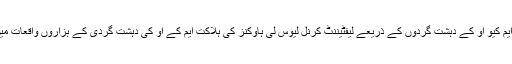
۱۹۷۳ میں تہران میں ایم کیو او کے دہشت گردوں کے ذریعے لیفٹیننٹ کرنل لیوس لی ہاوکنز کی ہلاکت ایم کے او کی دہشت گردی کے ہزاروں واقعات میں سے ایک نمونہ ہے۔